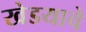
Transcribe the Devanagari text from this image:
खेडयाचे